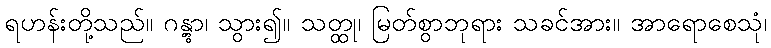
ရဟန်းတို့သည်။ ဂန္တွာ၊ သွား၍။ သတ္ထု၊ မြတ်စွာဘုရား သခင်အား။ အာရောစေသုံ၊